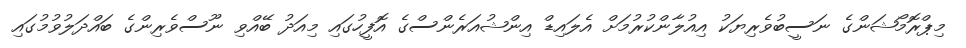
މިޕްރޮމޯޝަންގެ ނަސީބުވެރިޔަކު އިއުލާންކުރުމަށް އެލައިޑް އިންޝުއަރެންސްގެ އޮފީހުގައި މިއަދު ބޭއްވި ނޫސްވެރިންގެ ބައްދަލުވުމުގައި